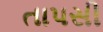
તાપસી